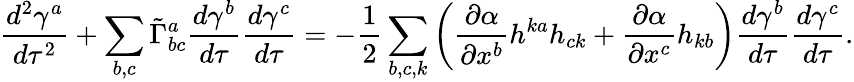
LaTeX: \frac{d^{2}\gamma^{a}}{d\tau^{2}}+\sum_{b,c}\tilde{\Gamma}_{bc}^{a}\frac{d\gamma^{b}}{d\tau}\frac{d\gamma^{c}}{d\tau}=-\frac{1}{2}\sum_{b,c,k}\left(\frac{\partial\alpha}{\partial x^{b}}h^{ka}h_{ck}+\frac{\partial\alpha}{\partial x^{c}}h_{kb}\right)\frac{d\gamma^{b}}{d\tau}\frac{d\gamma^{c}}{d\tau}.